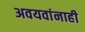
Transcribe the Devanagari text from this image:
अवयवांनाही